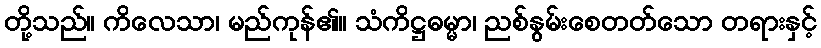
တို့သည်။ ကိလေသာ၊ မည်ကုန်၏။ သံကိဋ္ဌဓမ္မာ၊ ညစ်နွမ်းစေတတ်သော တရားနှင့်